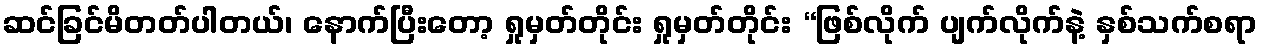
ဆင်ခြင်မိတတ်ပါတယ်၊ နောက်ပြီးတော့ ရှုမှတ်တိုင်း ရှုမှတ်တိုင်း “ဖြစ်လိုက် ပျက်လိုက်နဲ့ နှစ်သက်စရာ